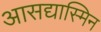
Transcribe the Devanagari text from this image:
आसद्यास्मिन